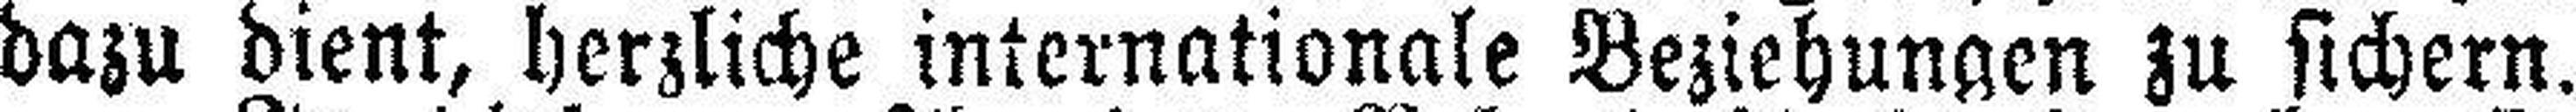
dazu dient, herzliche internationale Beziehungen zu sichern.